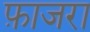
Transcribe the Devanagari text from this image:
फ़ाजरा